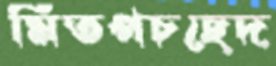
মিতপচছেদ